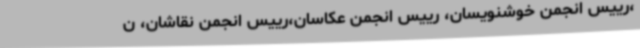
،‌رییس انجمن خوشنویسان،‌ رییس انجمن عکاسان،‌رییس انجمن نقاشان،‌ ن